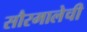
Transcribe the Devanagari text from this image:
सौरमालेची